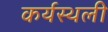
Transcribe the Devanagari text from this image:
कर्यस्थली